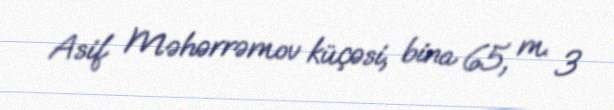
Asif Məhərrəmov küçəsi, bina 65, m. 3